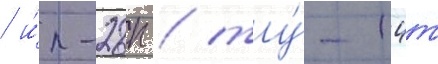
/ и́л-28п / ту́-14т